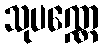
သုပဏ္ဏေ